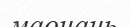
маонань